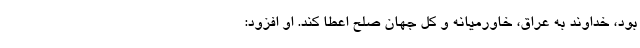
بود،‌ خداوند به عراق، خاورمیانه و کل جهان صلح اعطا کند. او افزود: